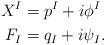
LaTeX: \begin{align*} X^I&=p^I+i\phi^I \\ F_I&=q_I+i\psi_I. \end{align*}